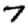
Digit: 7